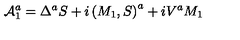
{ \cal A } _ { 1 } ^ { a } = \Delta ^ { a } S + i \left( M _ { 1 } , S \right) ^ { a } + i V ^ { a } M _ { 1 }